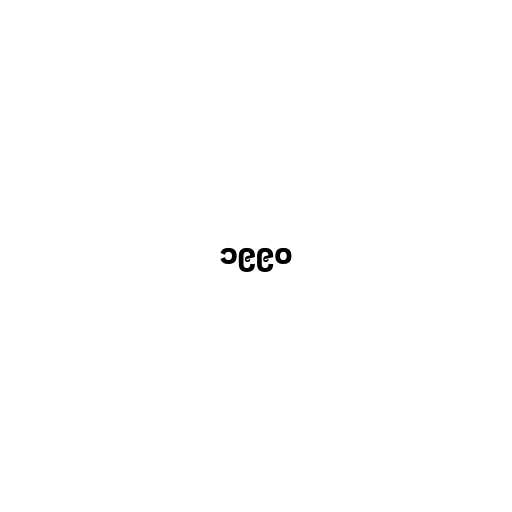
၁၉၉၀